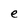
Character: e